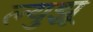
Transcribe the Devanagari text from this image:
ल्युझू